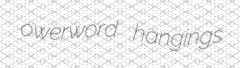
owerword hangings